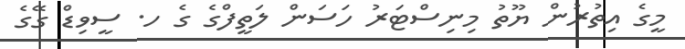
މީގެ އިތުރުން ޔޫތު މިނިސްޓަރު ހަސަން ލަތީފްގެ ގެ ހ. ސީވިޑް ގޭގެ